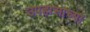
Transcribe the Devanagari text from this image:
उपहासाच्या